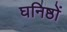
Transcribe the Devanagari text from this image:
घनिष्ठों